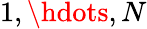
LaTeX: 1,\hdots,N